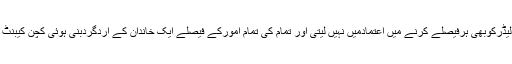
اورمتعدد فیصلے کرنے میں اپوزیشن سیاسی جماعتوں کونظراندازکرتے ہیں اوراپوزیشن لیڈرکوبھی ہرفیصلے کرنے میں اعتمادمیں نہیں لیتی اور تمام کی تمام امورکے فیصلے ایک خاندان کے اردگردبنی ہوئی کچن کیبنٹ میں کئے جاتے ہیں لیکن وزیراعظم کی یہ طریقہ کار جمہوریت کی طرز عمل نہیں ہیں۔